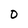
Character: 0